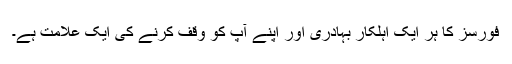
فورسز کا ہر ایک اہلکار بہادری اور اپنے آپ کو وقف کرنے کی ایک علامت ہے۔